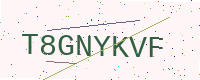
Text: T8GNYKVF